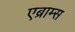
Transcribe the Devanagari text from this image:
एब्राम्‍स